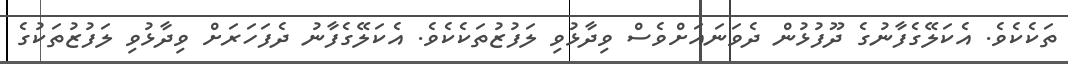
ތަކެކެވެ. އެކަލޭގެފާނުގެ ދޫފުޅުން ދެވަނައަށްވެސް ވިދާޅުވި ލަފުޒުތަކެކެވެ. އެކަލޭގެފާނު ދެފަހަރަށް ވިދާޅުވި ލަފުޒުތަކުގެ